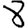
Digit: 8